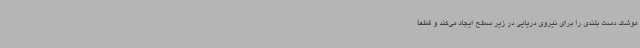
موشک دست بلندی را برای نیروی دریایی در زیر سطح ایجاد می‌کند و قطعا